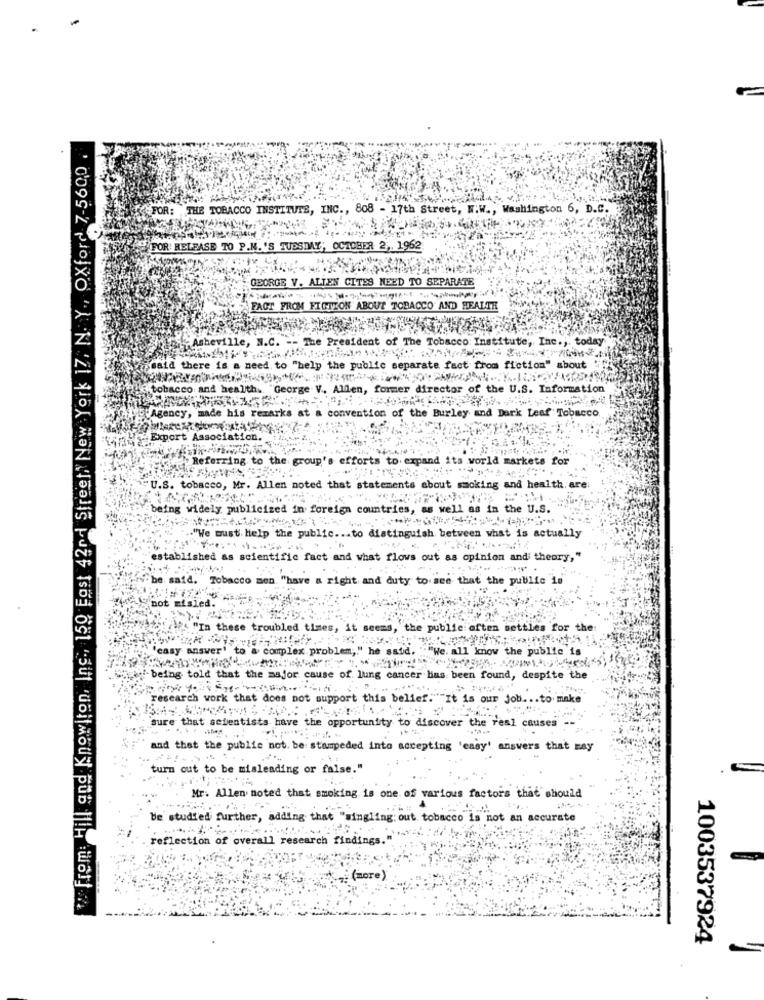
From: Hill and Knowlton, Inc ., 150 East 42nd Street New York 17, N. Y ., Oxford 7-5600.
FOR: THE TOBACCO INSTITUTE, INC ., 808 - 17th Street, W.W ., Washington 6, D.C.
FOR! RELEASE TO P.N.'S TUESDAY, OCTOBER 2 ,. 1962
GEORGE V. ALLEN CITES NEED TO SEPARATE
FACT FROM FICTION ABOUT TOBACCO AND HEALTH
The President of The Tobacco: Institute, Inc ., today
Asheville, N.C. -
said there is a need to "help the public separate fact from fiction" about
tobacco and health. "George V. Alllen, former director of the U.S. Information
convention of the Burley and Dark Leaf Tobacco
Agency, made his reza
time Export Association.
Referring to the group's efforts to expand its world markets for
U.S. tobacco, Mr. Allen noted that statements about smoking and health. are
being widely publici
zed 1
for
count
well
the U.S.
.. "We must help the
st is actually
established as scientific fact and what flows out as opinion and theor
out
s opinion and theory,"
. be. said. Tobacco mien. "have a right and duty to see that the public i
not misled.
wasthe "In these troubled times, it seems, the public often settles for the
'easy answer' to a complex problem," he said. ""We all know the public is
being told that the major cause of lung cancer has been found, despite the
research work that does not support this belief.""It is our job ... to make
sure that scientists have the opportunity to discover the real causes -
and that the public not. be stampeded into accepting 'easy' answers that may
turn out to be misleading or false."
Mr. Allen noted that smoking. is one of various factors that should
be studied further, adding that "mingling out tobacco is not an accurate
reflection of overall research findings."
(more)
1003537924